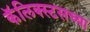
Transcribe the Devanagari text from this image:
कॅलिक्स्टसच्या